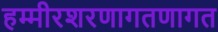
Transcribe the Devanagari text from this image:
हम्मीरशरणागतणागत